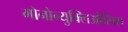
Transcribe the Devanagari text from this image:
मोनोन्युक्लिओसिस